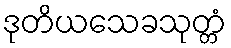
ဒုတိယသေခသုတ္တံ